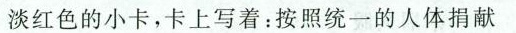
淡红色的小卡，卡上写着：按照统一的人体捐献